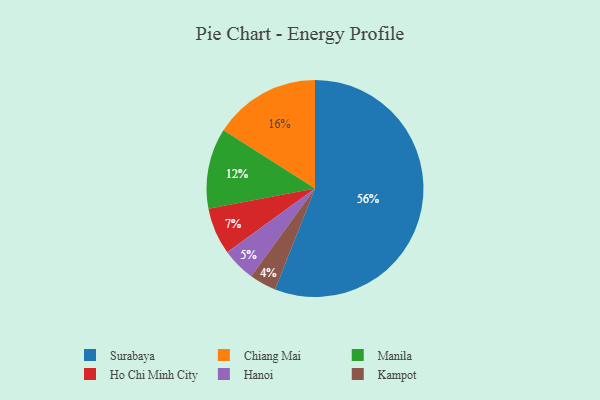
{"axis": {"x": "Category", "y": "Percentage"}, "legend": ["Chiang Mai", "Hanoi", "Ho Chi Minh City", "Kampot", "Manila", "Surabaya"], "data": [{"x": "Kampot", "y": 4, "type": "Kampot"}, {"x": "Hanoi", "y": 5, "type": "Hanoi"}, {"x": "Manila", "y": 12, "type": "Manila"}, {"x": "Surabaya", "y": 56, "type": "Surabaya"}, {"x": "Chiang Mai", "y": 16, "type": "Chiang Mai"}, {"x": "Ho Chi Minh City", "y": 7, "type": "Ho Chi Minh City"}]}